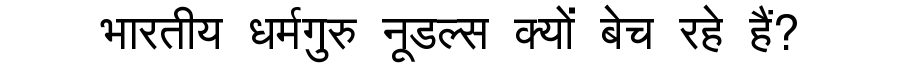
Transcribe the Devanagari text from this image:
भारतीय धर्मगुरु नूडल्स क्यों बेच रहे हैं?